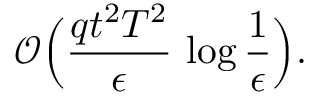
\mathcal { O } \Big ( \frac { q t ^ { 2 } T ^ { 2 } } { \epsilon } \, \log \frac { 1 } { \epsilon } \Big ) .